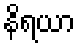
နိရယာ